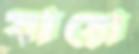
যায়ো